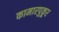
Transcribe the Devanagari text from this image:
कामारपुकूर